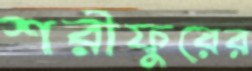
শরীফুরের